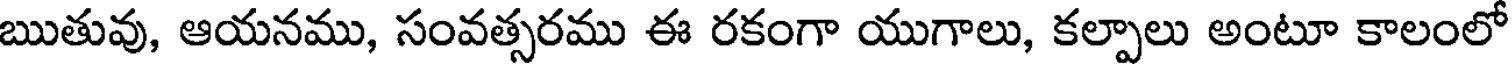
ఋతువు, ఆయనము, సంవత్సరము ఈ రకంగా యుగాలు, కల్పాలు అంటూ కాలంలో